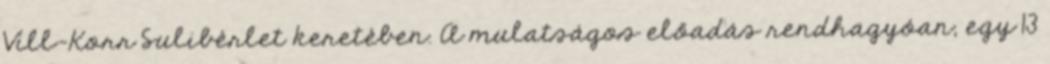
Vill-Korr Sulibérlet keretében. A mulatságos előadás rendhagyóan, egy 13